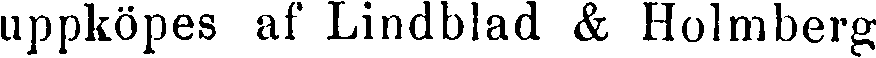
uppköpes af Lindblad & Holmberg